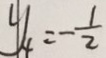
y _ { 4 } = - \frac { 1 } { 2 }